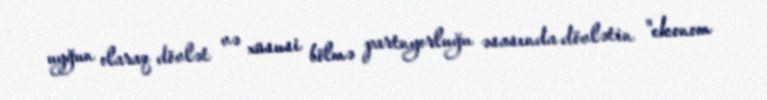
uyğun olaraq dövlət və xüsusi bölmə partnyorluğu əsasında dövlətin "ekonom